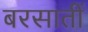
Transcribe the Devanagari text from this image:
बरसातीं